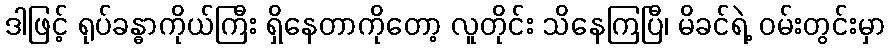
ဒါဖြင့် ရုပ်ခန္ဓာကိုယ်ကြီး ရှိနေတာကိုတော့ လူတိုင်း သိနေကြပြီ၊ မိခင်ရဲ့ ဝမ်းတွင်းမှာ